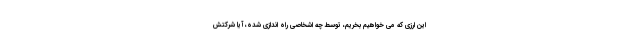
این ارزی که می خواهیم بخریم، توسط چه اشخاصی راه اندازی شده، آیا شرکتش